Calcutta medical institutions reports 1871-78
Year: 1871
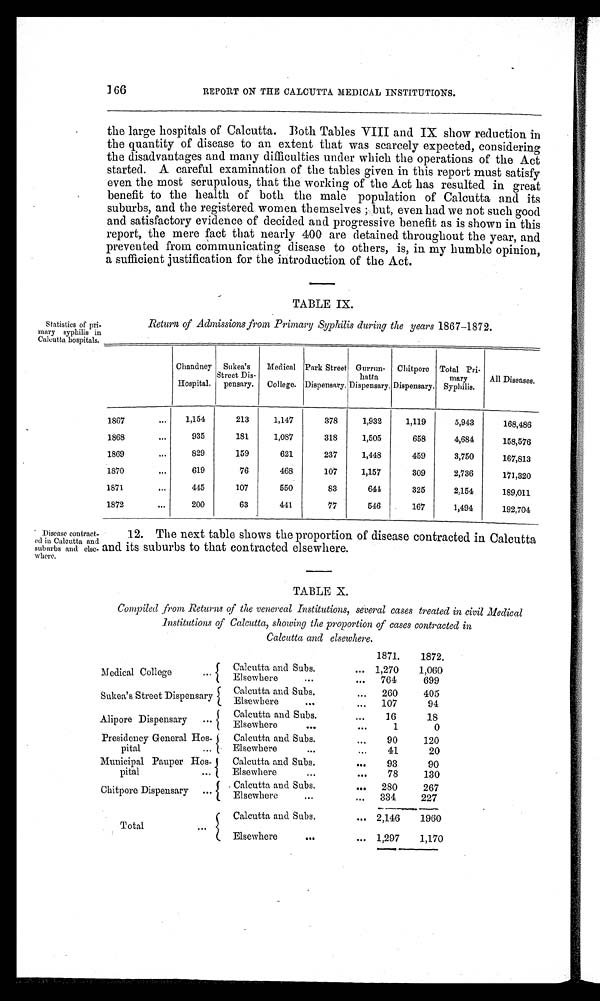
166
REPORT ON THE CALCUTTA MEDICAL INSTITUTIONS.
the large hospitals of Calcutta. Both Tables VIII and IX show reduction in
the quantity of disease to an extent that was scarcely expected, considering
the disadvantages and many difficulties under which the operations of the Act
started. A careful examination of the tables given in this report must satisfy
even the most scrupulous, that the working of the Act has resulted in great
benefit to the health of both the male population of Calcutta and its
suburbs, and the registered women themselves; but, even had we not such good
and satisfactory evidence of decided and progressive benefit as is shown in this
report, the mere fact that nearly 400 are detained throughout the year, and
prevented from communicating disease to others, is, in my humble opinion,
a sufficient justification for the introduction of the Act.
Statistics of pri
-mary syphilis in
Calcutta hospitals.
Disease contract
-ed in Calcutta and
suburbs and else
-where.
TABLE IX.
Return of Admissions from Primary Syphilis during the years 1867-1872.
Chandney
Hospital.
Sukea's
Street Dis-
pensary.
Medical
College.
Park Street
Dispensary.
Gurrun-
hatta,
Dispensary.
Chitpore
Dispensary.
Total Pri-
mary
Syphilis.
All Diseases.
1867
1,154
213
1,14'7
378
1,932
1,119
5,943
168,486
1868
935
181
1,087
318
1,505
658
4,684
158,576
1869
829
159
621
237
1,448
459
3,750
167,813
1870
619
76
468
107
1,157
309
2,736
171,320
1871
445
107
550
83
641,
325
2,154
189,011
1872
200
63
441
77
546
167
1,494
192,704
12. The next table shows the proportion of disease contracted in Calcutta
and its suburbs to that contracted elsewhere.
TABLE X.
Compiled from Returns of the venereal Institutions, several cases treated in civil Medicial
institutions of Calcutta, showing the proportion of cases contracted in
Calcutta and elsewhere.
1871.
1872.
Medical College
Calcutta and Subs.
Elsewhere
. . .
. . .
1 , 2 7
0 7 6 4
1,060
699
Sukea's Street Dispensar
y
Calcutta and Subs.
Elsewhere
. . .
. . .
260
107
405
94
Alipore Dispensary
Calcutta and Subs.
Elsewhere
. . .
. . .
16
1
18
0
Presidency General Hos-
pital
Calcutta and Subs.
Elsewhere
. . .
...
90
41
120
20
Municipal Pauper Hos-
pital
Calcutta and Subs.
Elsewhere
. . .
. . .
93
78
90
130
Chitpore Dispensary
Calcutta and Subs.
Elsewhere
. . .
. . .
280
334
267
227
Total
Calcutta and Subs.
Elsewhere
. . .
. . .
2,146
1,297
1960
1,170